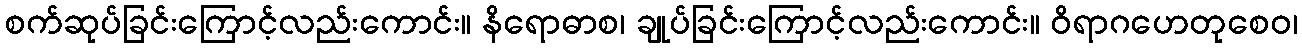
စက်ဆုပ်ခြင်းကြောင့်လည်းကောင်း။ နိရောဓာစ၊ ချုပ်ခြင်းကြောင့်လည်းကောင်း။ ဝိရာဂဟေတုစေဝ၊